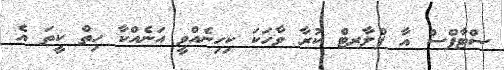
ސްޓާފްސް އާ ފްލާރޓް ކުރާ ވާހަކަ ކިހިނެއްވީ އަނެއްކާ ހިތް ކީތަ އެ